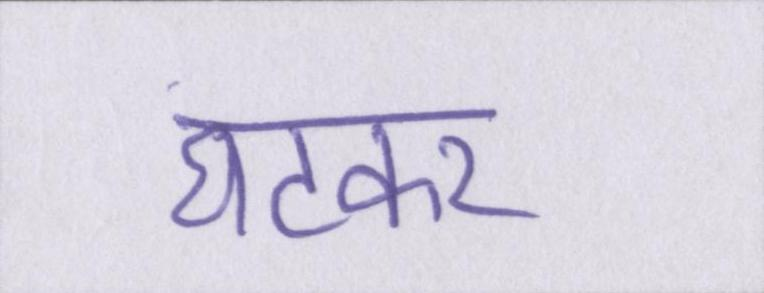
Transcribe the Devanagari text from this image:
घटकर